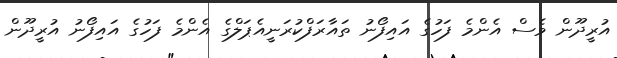
އުރީދޫން ވެސް އެންމެ ފަހުގެ އައިފޯނު ތައާރަފްކުރަނީއެޕަލްގެ އެންމެ ފަހުގެ އައިފޯނު އުރީދޫން